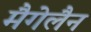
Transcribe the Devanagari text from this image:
मैगेलैन